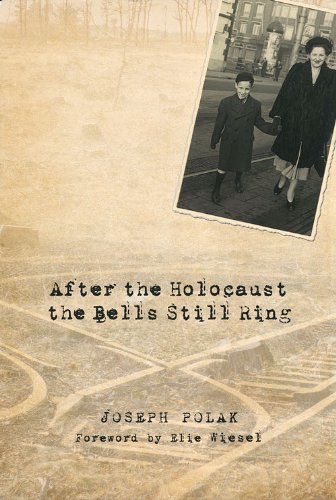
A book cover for After the Holocaust the Bells Still Ring; Joseph Polak; Biographies & Memoirs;